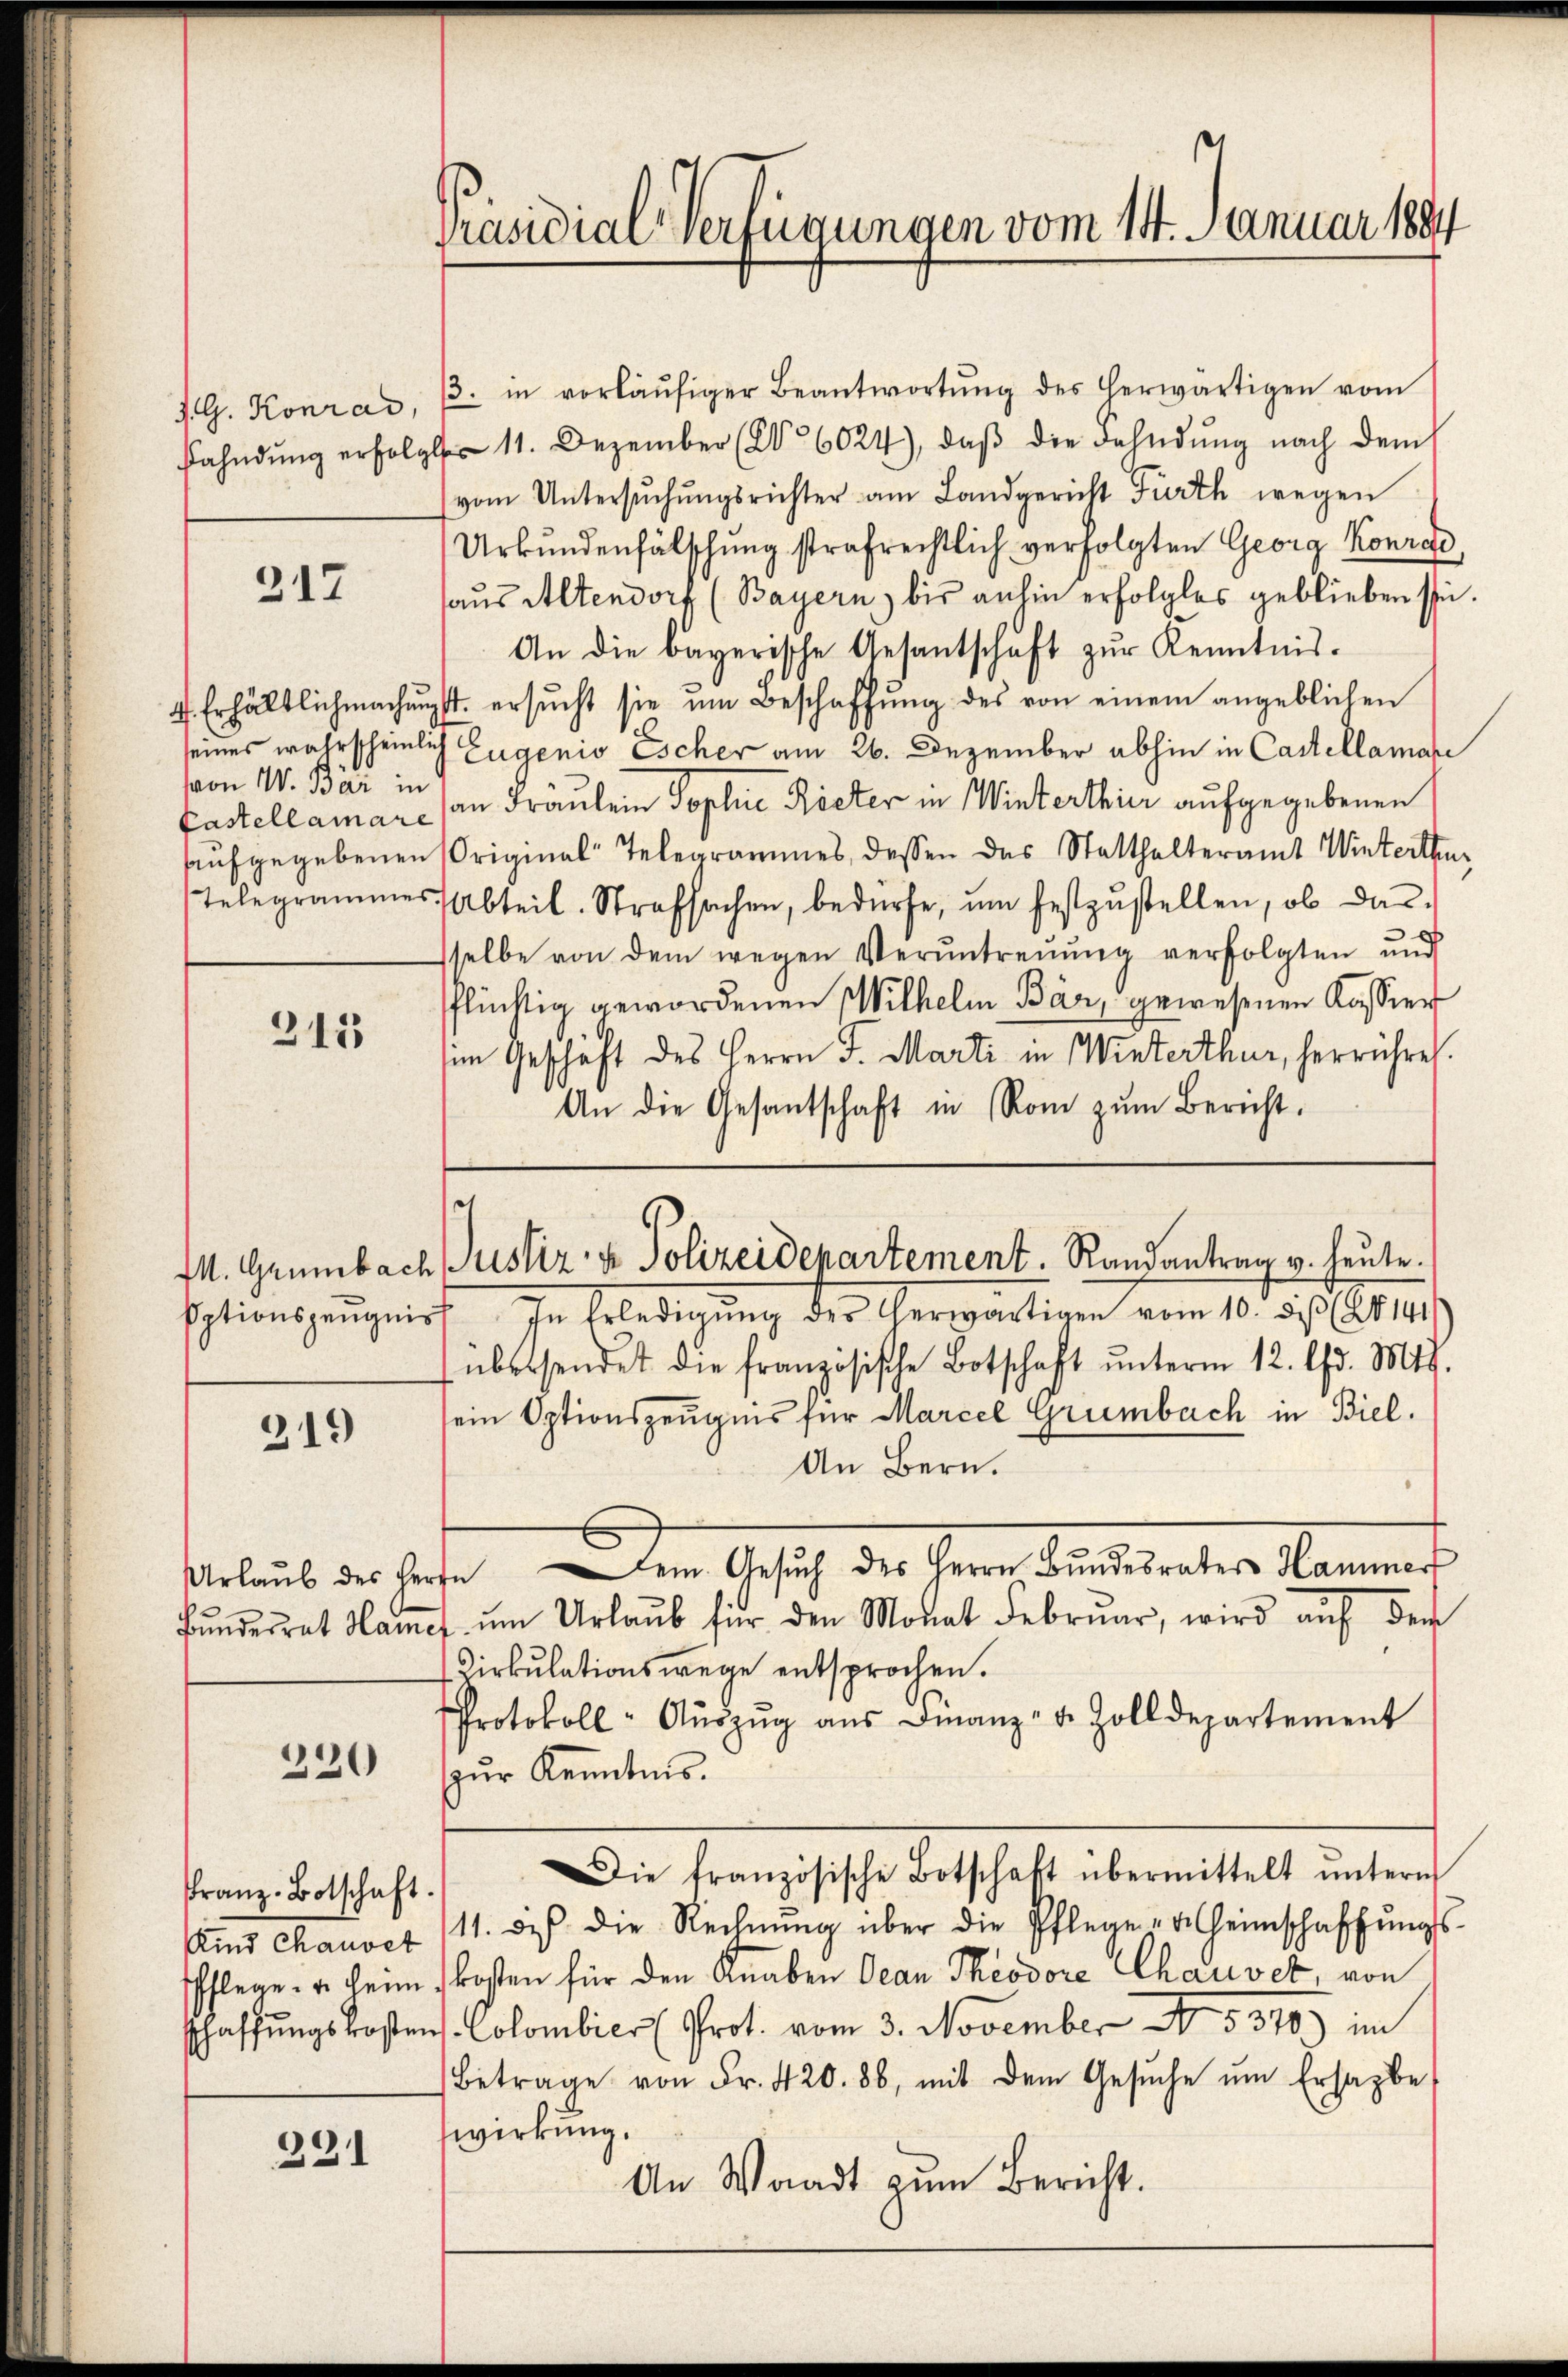
217

von W. Bär in

215

219

Urlaub des Herze

220

Franz-Botschaft.
Kind Chauvet

221

Präsidial-Verfügungen vom 14. Januar 1884

J. G. Konrad, 3. in vorläŭfiger Beantwortŭng des herwärtigen vom
Fahndŭng erfolgte 11. Dezember (§ 6024), daβ die Fahndŭng nach dem
vom Untersŭchŭngsrichter am Landgericht Fürth wegen
Urkŭndenfälschŭng strafrechtlich verfolgten Georg Konrad
haus Altendorf (Bayern) bis anhin erfolglos geblieben sei.
An die bayerische Gesantschaft zŭr Kenntnis-
4. Erhältlichmachŭngst ersŭcht sie ŭm Beschaffŭng des von einem angeblichen
seines wahrscheinlich Eugenio Escher am 26. Dezember abhin in Castellamare
Castellaman an Fräulein Sophie Rieter in Winterthier aufgegebenen
aufgegebenen Original-Telegrammes, dessen des Statthalteramt Winterthu¬
Telegrammes Abteil. Strafsachen, bedürfe, ŭm festzŭstellen, ob da
selbe von dem wegen Veruntreŭŭng verfolgten und
flüchtig gewordenen Wilhelm Bär, gewesenen Kassier
im Geschäft des Herrn J. Marti in Winterthur, herrühret.
An die Gesantschaft in Rom zŭm Bericht.

sationszeugniss. In Erledigung der Herwärtige vom 10. d. 188141.
übersendet die französische Botschaft ŭnterm 12. d. Mts.
sein Optionszeugnis für Marcel Grünbach in Biel.
An Bern.
Dem Ansich des Herr Archiater Kammens
Bŭndesrat Hamer ŭm Urlaŭb für den Monat Februar, wird aŭf der
Cirkulationswege entsprochen.
Protokoll-Aŭszŭg aŭs Finanz- u. Zolldepartement
zŭr Kenntnis.
Die französische Botschaft übermittelt ŭnterm
11. des die Rechnŭng über die Pflegenheimschaffŭngs-
Pflege. u. heim kosten für den Knaben Ocan Theodore Chaivet, von
schaffŭngskostens Colombier (Prot. vom 3. November No. 5370) im
Betrage von Fr. 420. 88, mit dem Gesŭche ŭm Ersagbe
wirkung.
An Waadt zum Bericht.

c
M. Grünbach Justiz & Polizeidepartement. Randantrag v. heute.